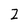
Character: 2